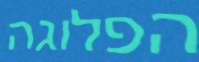
הפלוגה